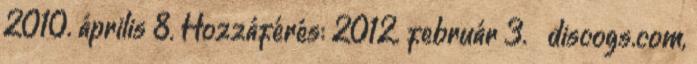
2010. április 8. Hozzáférés: 2012. február 3. ↑ discogs.com,